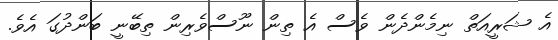
އެ ޝަރީއަތް ނިމެންދެން ވެސް އެ ތިން ނޫސްވެރިން ތިބޭނީ ބަންދުގަ އެވެ.